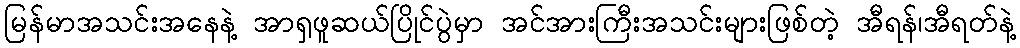
မြန်မာအသင်းအနေနဲ့ အာရှဖူဆယ်ပြိုင်ပွဲမှာ အင်အားကြီးအသင်းများဖြစ်တဲ့ အီရန်၊အီရတ်နဲ့